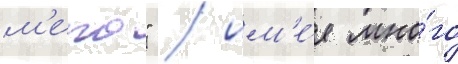
м'еко" / им'е́я мно́го